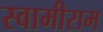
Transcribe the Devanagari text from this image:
स्वामीराम